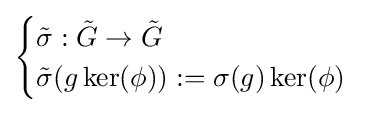
{\begin{cases}{\tilde {\sigma }}:{\tilde {G}}\to {\tilde {G}}\\{\tilde {\sigma }}(g\ker(\phi )):=\sigma (g)\ker(\phi )\end{cases}}